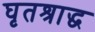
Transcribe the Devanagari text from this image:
घृतश्राद्ध